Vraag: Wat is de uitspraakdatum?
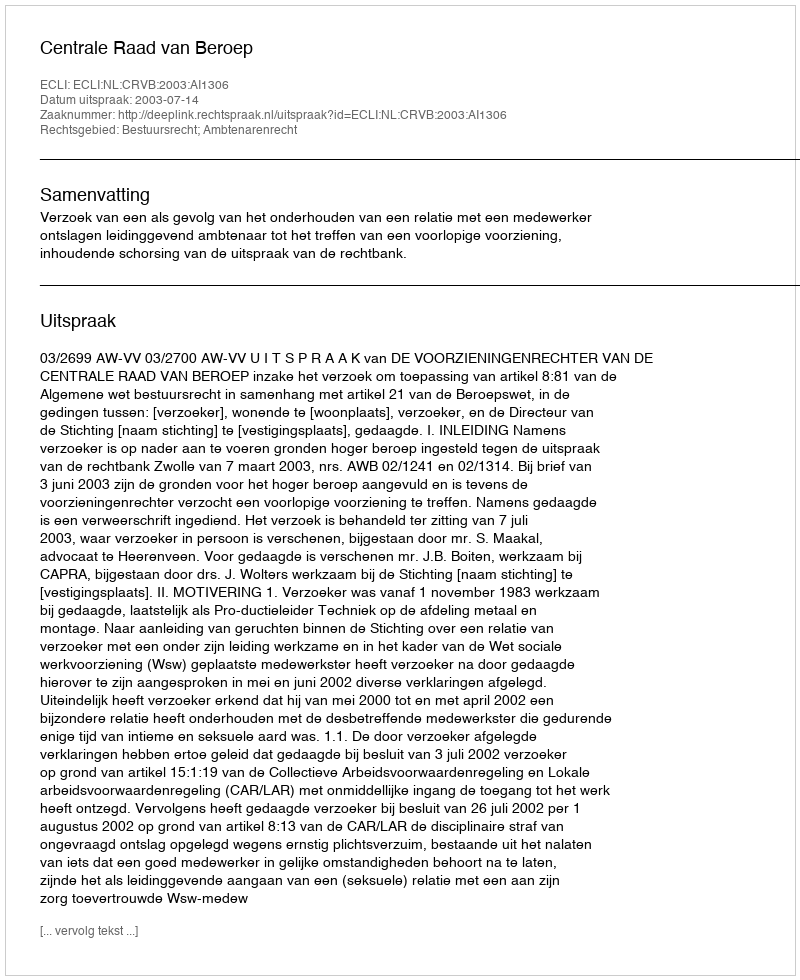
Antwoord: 2003-07-14